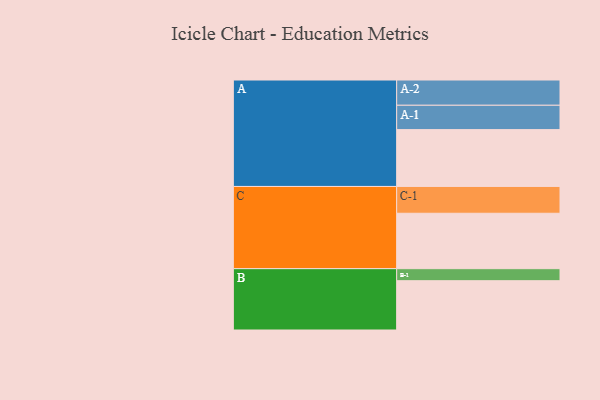
{"axis": {"x": "Segment", "y": "Value"}, "legend": ["", "A", "B", "C"], "data": [{"x": "A", "y": 558, "type": ""}, {"x": "B", "y": 484, "type": ""}, {"x": "C", "y": 544, "type": ""}, {"x": "A-1", "y": 239, "type": "A"}, {"x": "A-2", "y": 248, "type": "A"}, {"x": "B-1", "y": 118, "type": "B"}, {"x": "C-1", "y": 263, "type": "C"}]}